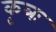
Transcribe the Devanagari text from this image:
कृत्रः